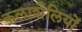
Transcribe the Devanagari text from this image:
कलाशैलियों